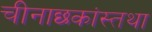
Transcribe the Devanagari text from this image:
चीनाछकांस्तथा